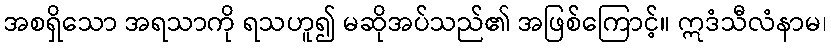
အစရှိသော အရသာကို ရသဟူ၍ မဆိုအပ်သည်၏ အဖြစ်ကြောင့်။ ဣဒံသီလံနာမ၊